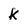
Character: k